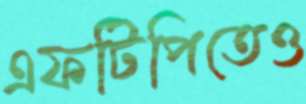
এফটিপিতেও